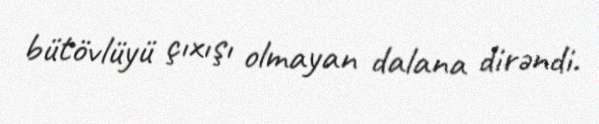
bütövlüyü çıxışı olmayan dalana dirəndi.